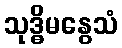
သုဒ္ဓိမနွေသံ